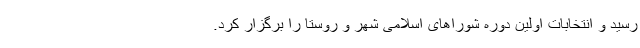
رسید و انتخابات اولین دوره شوراهای اسلامی شهر و روستا را برگزار کرد.